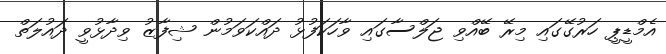
އެމްޑީޕީ ހަރުގޭގައި މިރޭ ބޭއްވި ޖަލްސާގައި ވާހަކަފުޅު ދައްކަވަމުން ޝިފާޒު ވިދާޅުވީ ދައުލަތް